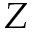
Z